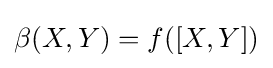
\beta (X,Y)=f(\left[X,Y\right])